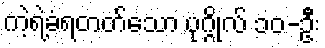
ကဲ့ရဲ့ခံရတတ်သော ပုဂ္ဂိုလ် ၁၀-ဦး